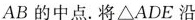
AB的中点。将△ADE沿